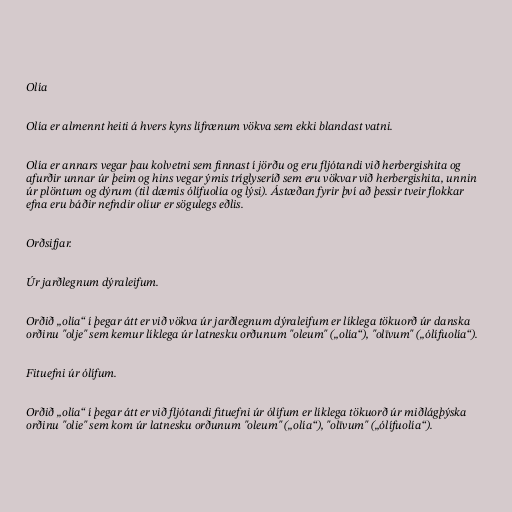
Olía

Olía er almennt heiti á hvers kyns lífrænum vökva sem ekki blandast vatni.

Olía er annars vegar þau kolvetni sem finnast í jörðu og eru fljótandi við herbergishita og
afurðir unnar úr þeim og hins vegar ýmis tríglyseríð sem eru vökvar við herbergishita, unnin
úr plöntum og dýrum (til dæmis ólífuolía og lýsi). Ástæðan fyrir því að þessir tveir flokkar
efna eru báðir nefndir olíur er sögulegs eðlis.

Orðsifjar.

Úr jarðlegnum dýraleifum.

Orðið „olía“ í þegar átt er við vökva úr jarðlegnum dýraleifum er líklega tökuorð úr danska
orðinu "olje" sem kemur líklega úr latnesku orðunum "oleum" („olía“), "olīvum" („ólífuolía“).

Fituefni úr ólífum.

Orðið „olía“ í þegar átt er við fljótandi fituefni úr ólífum er líklega tökuorð úr miðlágþýska
orðinu "olie" sem kom úr latnesku orðunum "oleum" („olía“), "olīvum" („ólífuolía“).